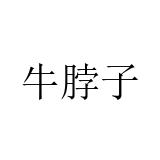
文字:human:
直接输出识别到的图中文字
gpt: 牛脖子